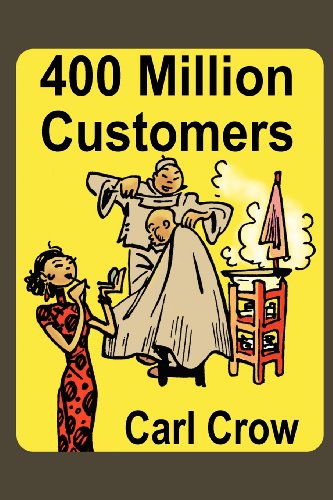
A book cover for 400 Million Customers; Carl Crow; Travel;